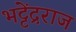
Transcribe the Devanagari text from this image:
भट्टेंद्रराज